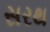
સરથ